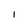
Character: I